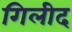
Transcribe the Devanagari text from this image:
गिलीद